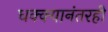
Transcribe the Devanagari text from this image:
धक्क्यानंतरही